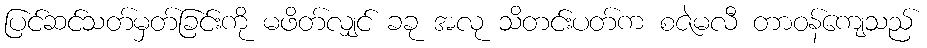
ပြင်ဆင်သတ်မှတ်ခြင်းကို မဖိတ်လျှင် ခခု အလု သိတင်းပတ်က စဇဲမလီ တာဝန်ကျေသည်